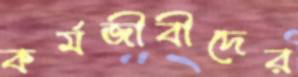
কর্মজীবীদের